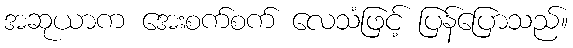
အဆုယာက အေးစက်စက် လေသံဖြင့် ပြန်ပြောသည်။